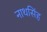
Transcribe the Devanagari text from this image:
नाथसिंह